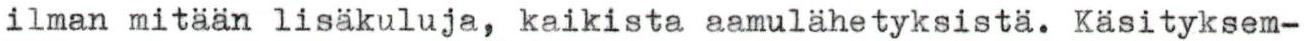
ilman mitään lisäkuluja, kaikista aamulähetyksistä. Käsityksem-